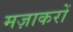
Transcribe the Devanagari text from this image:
मज़ाकरों